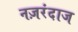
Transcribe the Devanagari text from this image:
नज़रंदाज